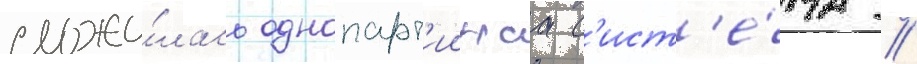
сложи́лась однопарт'иинаа с'ист'е́ма //